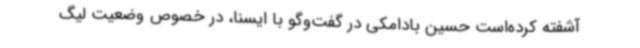
آشفته کرده‌است حسین بادامکی در گفت‌وگو با ایسنا، در خصوص وضعیت لیگ